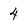
Character: 4